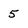
Character: 5